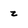
Character: z